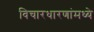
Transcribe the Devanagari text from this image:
विचारधारणांमध्ये